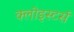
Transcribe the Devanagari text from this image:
क्लोइस्टर्स